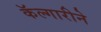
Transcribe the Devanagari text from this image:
कॅल्गारीने